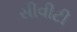
સીવીટી